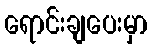
ရောင်းချပေးမှာ